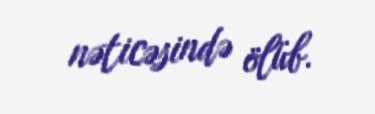
nəticəsində ölüb.